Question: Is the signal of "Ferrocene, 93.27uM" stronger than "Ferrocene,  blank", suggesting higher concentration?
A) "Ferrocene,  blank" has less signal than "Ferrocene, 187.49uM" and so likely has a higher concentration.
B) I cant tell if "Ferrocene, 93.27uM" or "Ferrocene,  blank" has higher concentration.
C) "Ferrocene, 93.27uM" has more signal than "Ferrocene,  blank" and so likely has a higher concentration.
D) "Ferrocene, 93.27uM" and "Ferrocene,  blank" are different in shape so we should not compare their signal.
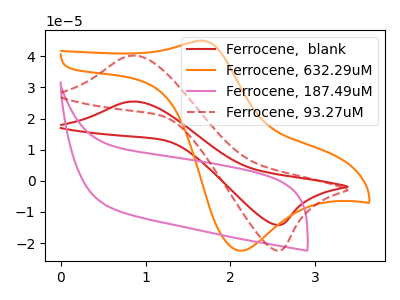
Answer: <think>The red curve "Ferrocene,  blank" has an anodic peak at (0.85V, 25.45uA) and a cathodic peak at (2.60V, -14.15uA). The orange curve "Ferrocene, 632.29uM" has an anodic peak at (1.65V, 44.95uA) and a cathodic peak at (2.10V, -22.45uA). The pink curve "Ferrocene, 187.49uM" has no peaks. The red dashed curve "Ferrocene, 93.27uM" has an anodic peak at (0.85V, 40.20uA) and a cathodic peak at (2.60V, -22.40uA).
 All the peaks in "Ferrocene, 93.27uM" have a peak in "Ferrocene,  blank" at the same potential. Every peak in "Ferrocene, 93.27uM" is higher than every peak in "Ferrocene,  blank".</think>
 <answer>C) "Ferrocene, 93.27uM" has more signal than "Ferrocene,  blank" and so likely has a higher concentration.</answer>
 <eval>C</eval>